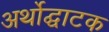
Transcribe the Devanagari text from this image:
अर्थोद्घाटक